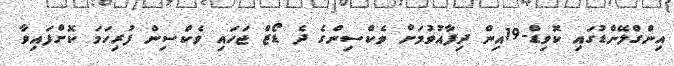
އިންގްލޭންޑުގައި ކޮވިޑް-19އިން ދިފާއުވުމަށް ވެކްސިންްގެ ދެ ޑޯޒް ޖަހައި ވެކްސިން ފުރިހަމަ ކޮށްފައިވާ